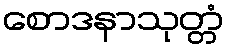
စောဒနာသုတ္တံ